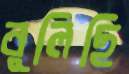
বুলিছি